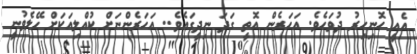
އެއީ ހޮނިހިރު ދުވަހެވެ. އަހަރެން އޮތީ ގަދަ ނިދީގައެވެ.. އަހަރެންނަށް ކުއްލިއަކަށް ހޭލެވުނީ